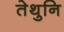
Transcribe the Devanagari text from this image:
तेथुनि